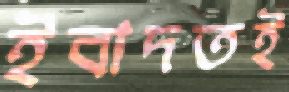
ইবাদতই